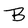
Character: B